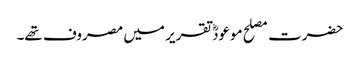
حضرت مصلح موعودؓ تقریر میں مصروف تھے۔